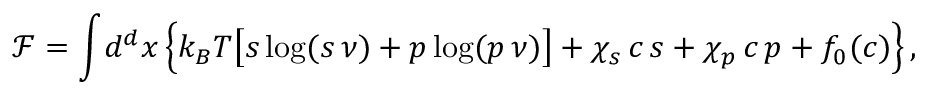
\mathcal { F } = \int \! d ^ { d } \boldsymbol { x } \, \Big \{ k _ { B } T \bigl [ s \log ( s \, \nu ) + p \log ( p \, \nu ) \bigr ] + \chi _ { s } \, c \, s + \chi _ { p } \, c \, p + f _ { 0 } ( c ) \Big \} \, ,